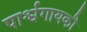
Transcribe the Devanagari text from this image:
पार्श्वगायकी